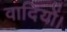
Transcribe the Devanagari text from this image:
वादियों।